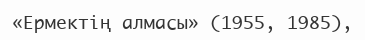
«Ермектің алмасы» (1955, 1985),